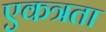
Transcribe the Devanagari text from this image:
एकत्रता